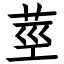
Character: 莖